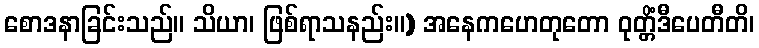
စောဒနာခြင်းသည်။ သိယာ၊ ဖြစ်ရာသနည်း။) အနေကဟေတုတော ဝုတ္တိံဒီပေတီတိ၊